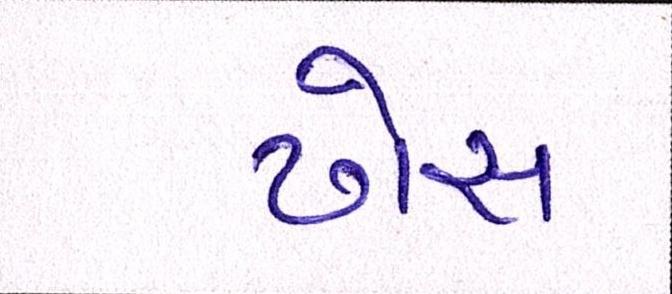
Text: ઢોસ